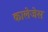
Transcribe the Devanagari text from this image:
कालेजेस